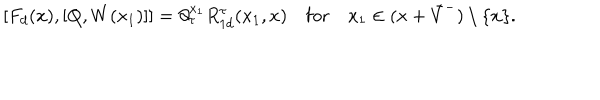
LaTeX: \lbrack F _ { d } ( x ) , [ Q , W ( x _ { 1 } ) ] ] = \partial _ { \tau } ^ { x _ { 1 } } R _ { 1 d } ^ { \tau } ( x _ { 1 } , x ) \quad \mathrm { f o r } \quad x _ { 1 } \in ( x + \bar { V } ^ { - } ) \setminus \{ x \} .